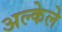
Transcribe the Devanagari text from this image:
अल्केले